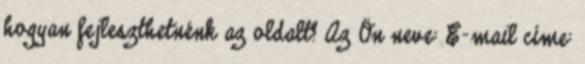
hogyan fejleszthetnénk az oldalt? Az Ön neve: E-mail címe: